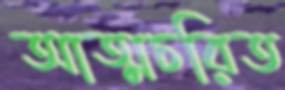
আত্মচরিত